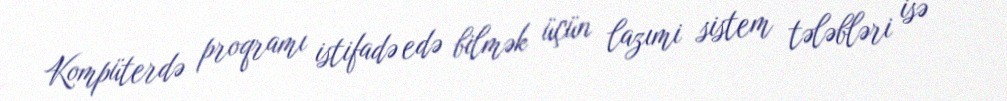
Kompüterdə proqramı istifadə edə bilmək üçün lazımi sistem tələbləri isə